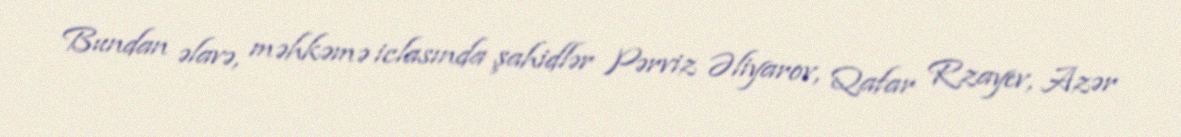
Bundan əlavə, məhkəmə iclasında şahidlər Pərviz Əliyarov, Qafar Rzayev, Azər